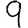
Digit: 9